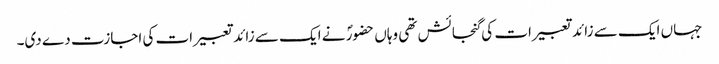
جہاں ایک سے زائد تعبیرات کی گنجائش تھی وہاں حضورؐ نے ایک سے زائد تعبیرات کی اجازت دے دی۔